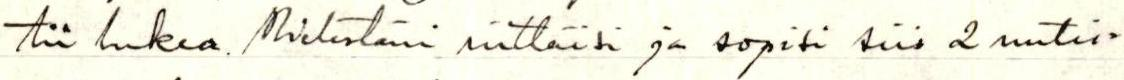
tii lukea. Mielestäni riittäisi ja sopisi siis 2 uutis=